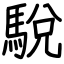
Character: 駾